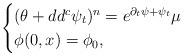
LaTeX: \begin{align*}\begin{cases}(\theta+dd^c \psi_t)^n=e^{\partial_t\psi+\psi_t}\mu\\\phi(0,x)=\phi_0,\end{cases}\end{align*}